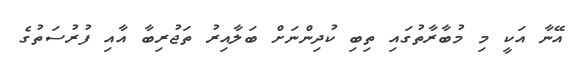
އޭނާ އަކީ މި މުބާރާތުގައި ތިބި ކުދިންނަށް ބަލާއިރު ތަޖުރިބާ އާއި ފުރުސަތުގެ